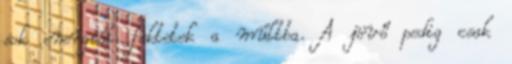
sok energiát fektetek a múltba. A jövő pedig csak